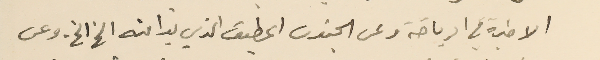
الاخيرة في الرياضة وعن الجنون المطبق الذي بدا منه الخ الخ. وعن